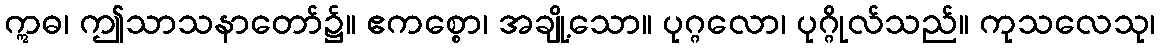
ဣဓ၊ ဤသာသနာတော်၌။ ဧကစ္စော၊ အချို့သော။ ပုဂ္ဂလော၊ ပုဂ္ဂိုလ်သည်။ ကုသလေသု၊